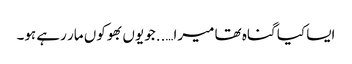
ایسا کیا گناہ تھا میرا…..جو یوں بھوکوں مار رہے ہو۔